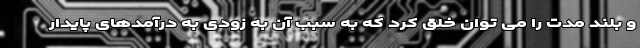
و بلند مدت را می توان خلق کرد که به سبب آن به زودی به درآمد‌های پایدار